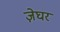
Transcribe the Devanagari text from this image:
ज़ेघर